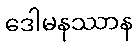
ဒေါမနဿာန